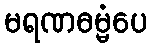
မရဏဓမ္မံပေ